Report of the Indian Hemp Drugs Commission, 1894-1895 - Volume I
Year: 1894
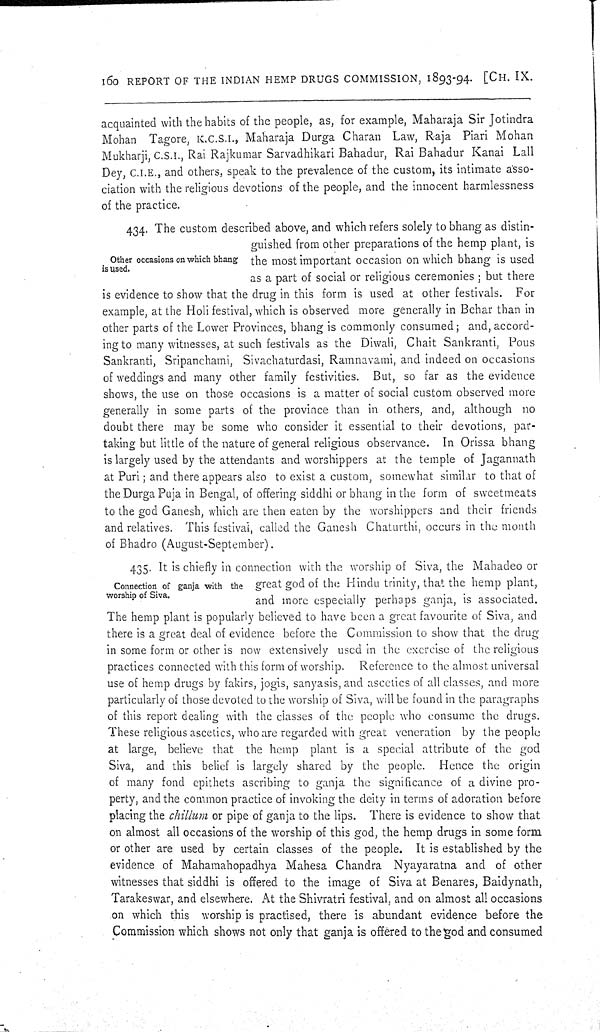
160 REPORT OF THE INDIAN HEMP DRUGS COMMISSION, 1893-94. [CH. IX.
acquainted with the habits of the people, as, for example, Maharaja Sir Jotindra
Mohan Tagore, K.C.S.I., Maharaja Durga Charan Law, Raja Piari Mohan
Mukharji, C.S.I., Rai Rajkumar Sarvadhikari Bahadur, Rai Bahadur Kanai Lall
Dey, C.I.E., and others, speak to the prevalence of the custom, its intimate asso-
ciation with the religious devotions of the people, and the innocent harmlessness
of the practice.
Other occasions on which bhang
is used.
434. The custom described above, and which refers solely to bhang as distin-
guished from other preparations of the hemp plant, is
the most important occasion on which bhang is used
as a part of social or religious ceremonies; but there
is evidence to show that the drug in this form is used at other festivals. For
example, at the Holi festival, which is observed more generally in Behar than in
other parts of the Lower Provinces, bhang is commonly consumed; and, accord-
ing to many witnesses, at such festivals as the Diwali, Chait Sankranti, Pous
Sankranti, Sripanchami, Sivachaturdasi, Ramnavami, and indeed on occasions
of weddings and many other family festivities. But, so far as the evidence
shows, the use on those occasions is a matter of social custom observed more
generally in some parts of the province than in others, and, although no
doubt there may be some who consider it essential to their devotions, par-
taking but little of the nature of general religious observance. In Orissa bhang
is largely used by the attendants and worshippers at the temple of Jagannath
at Puri; and there appears also to exist a custom, somewhat similar to that of
the Durga Puja in Bengal, of offering siddhi or bhang in the form of sweetmeats
to the god Ganesh, which are then eaten by the worshippers and their friends
and relatives. This festival, called the Ganesh Chaturthi, occurs in the month
of Bhadro (August-September).
Connection of ganja with the
worship of Siva.
435. It is chiefly in connection with the worship of Siva, the Mahadeo or
great god of the Hindu trinity, that the hemp plant,
and more especially perhaps ganja, is associated.
The hemp plant is popularly believed to have been a great favourite of Siva, and
there is a great deal of evidence before the Commission to show that the drug
in some form or other is now extensively used in the exercise of the religious
practices connected with this form of worship. Reference to the almost universal
use of hemp drugs by fakirs, jogis, sanyasis, and ascetics of all classes, and more
particularly of those devoted to the worship of Siva, will be found in the paragraphs
of this report dealing with the classes of the people who consume the drugs.
These religious ascetics, who are regarded with great veneration by the people
at large, believe that the hemp plant is a special attribute of the god
Siva, and this belief is largely shared by the people. Hence the origin
of many fond epithets ascribing to ganja the significance of a divine pro-
perty, and the common practice of invoking the deity in terms of adoration before
placing the chillum or pipe of ganja to the lips. There is evidence to show that
on almost all occasions of the worship of this god, the hemp drugs in some form
or other are used by certain classes of the people. It is established by the
evidence of Mahamahopadhya Mahesa Chandra Nyayaratna and of other
witnesses that siddhi is offered to the image of Siva at Benares, Baidynath,
Tarakeswar, and elsewhere. At the Shivratri festival, and on almost all occasions
on which this worship is practised, there is abundant evidence before the
Commission which shows not only that ganja is offered to the god and consumed